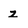
Character: z